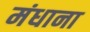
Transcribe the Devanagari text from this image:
मंधाना